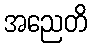
အညေတိ